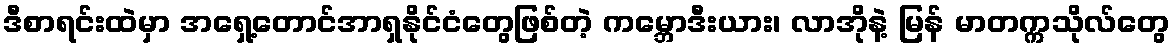
ဒီစာရင်းထဲမှာ အရှေ့တောင်အာရှနိုင်ငံတွေဖြစ်တဲ့ ကမ္ဘောဒီးယား၊ လာအိုနဲ့ မြန် မာတက္ကသိုလ်တွေ